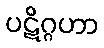
ပဋိဂ္ဂဟာ